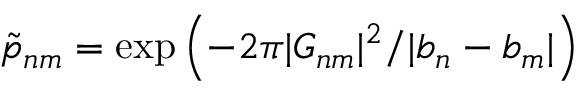
{ \tilde { p } } _ { n m } = \exp \left( - 2 \pi | { \cal G } _ { n m } | ^ { 2 } / | b _ { n } - b _ { m } | \right)